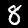
Label: 8